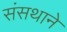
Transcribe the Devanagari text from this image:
संसथाने